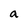
Character: a